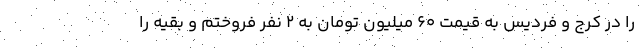
را در کرج و فردیس به قیمت ۶۰ میلیون تومان به ۲ نفر فروختم و بقیه را